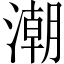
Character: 潮